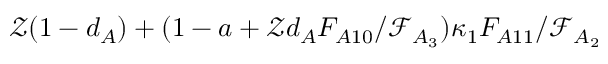
\mathcal { Z } ( 1 - d _ { A } ) + ( 1 - a + \mathcal { Z } d _ { A } F _ { A 1 0 } / \mathcal { F } _ { A _ { 3 } } ) \kappa _ { 1 } F _ { A 1 1 } / \mathcal { F } _ { A _ { 2 } }